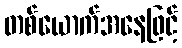
တစ်ယောက်အနေဖြင့်